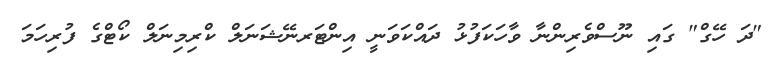
"ދަ ހޭގް" ގައި ނޫސްވެރިންނާ ވާހަކަފުޅު ދައްކަވަނީ އިންޓަރނޭޝަނަލް ކްރިމިނަލް ކޯޓްގެ ފުރިހަމަ